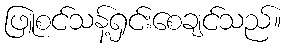
ဖြူစင်သန့်ရှင်းစေချင်သည်။